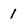
Character: 1